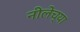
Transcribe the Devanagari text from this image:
नीलेच्या